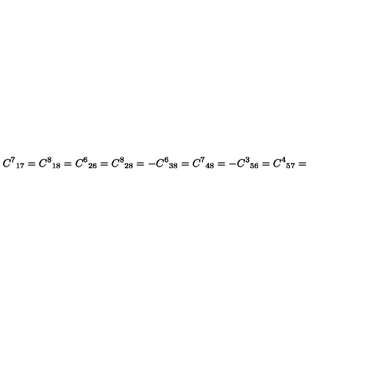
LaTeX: { C ^ { 7 } } _ { 1 7 } = { C ^ { 8 } } _ { 1 8 } = { C ^ { 6 } } _ { 2 6 } = { C ^ { 8 } } _ { 2 8 } = - { C ^ { 6 } } _ { 3 8 } = { C ^ { 7 } } _ { 4 8 } = - { C ^ { 3 } } _ { 5 6 } = { C ^ { 4 } } _ { 5 7 } =